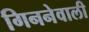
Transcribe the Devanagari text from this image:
गिननेवाली